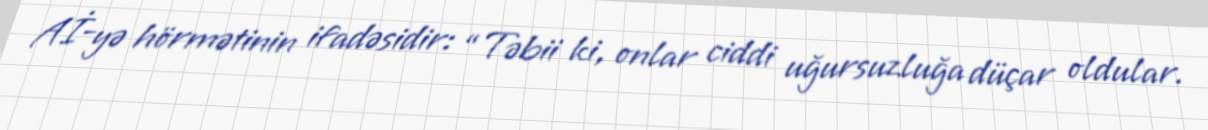
Aİ-yə hörmətinin ifadəsidir: “Təbii ki, onlar ciddi uğursuzluğa düçar oldular.